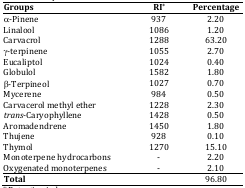
<table><thead><tr><td><b>Groups</b></td><td><b>RI*</b></td><td><b>Percentage</b></td></tr></thead><tbody><tr><td>-Pinene</td><td>937</td><td>2.20</td></tr><tr><td>Linalool</td><td>1086</td><td>1.20</td></tr><tr><td>Carvacrol</td><td>1288</td><td>63.20</td></tr><tr><td>-terpinene</td><td>1055</td><td>2.70</td></tr><tr><td>Eucaliptol</td><td>1024</td><td>0.40</td></tr><tr><td>Globulol</td><td>1582</td><td>1.80</td></tr><tr><td>-Terpineol</td><td>1027</td><td>0.70</td></tr><tr><td>Mycerene</td><td>984</td><td>0.50</td></tr><tr><td>Carvacerol methyl ether</td><td>1228</td><td>2.30</td></tr><tr><td><i>trans</i>-Caryophyllene</td><td>1428</td><td>0.50</td></tr><tr><td>Aromadendrene</td><td>1450</td><td>1.80</td></tr><tr><td>Thujene</td><td>928</td><td>0.10</td></tr><tr><td>Thymol</td><td>1270</td><td>15.10</td></tr><tr><td>Monoterpene hydrocarbons</td><td>-</td><td>2.20</td></tr><tr><td>Oxygenated monoterpenes</td><td>-</td><td>2.10</td></tr></tbody></table>